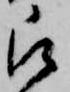
被